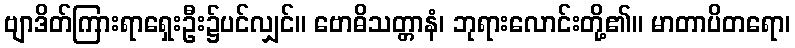
ဗျာဒိတ်ကြားရာရှေးဦး၌ပင်လျှင်။ ဗောဓိသတ္တာနံ၊ ဘုရားလောင်းတို့၏။ မာတာပိတရော၊